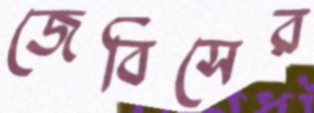
জেবিসের